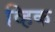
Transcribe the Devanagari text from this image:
व्हिक